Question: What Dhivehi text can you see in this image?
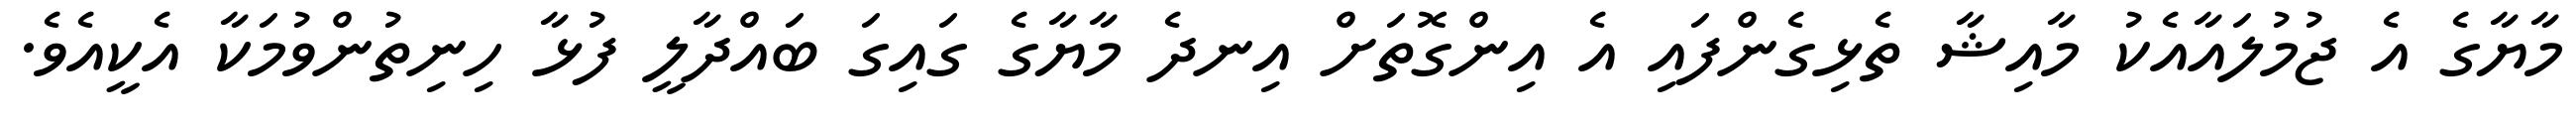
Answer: މާޔާގެ އެ ޖުމުލައާއެކު މާއިޝާ ތެޅިގެންފައި އެ އިންގޮތަށް އިނދެ މާޔާގެ ގައިގަ ބައްދާލީ ފުޅާ ހިނިތުންވުމަކާ އެކީއެވެ.